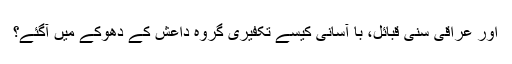
اور عراقی سنی قبائل، با آسانی کیسے تکفیری گروہ داعش کے دھوکے میں آگئے؟